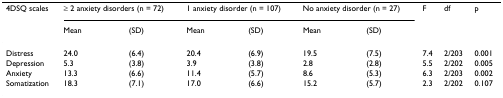
<table><thead><tr><td><b>4DSQ scales</b></td><td colspan="2"><b>≥ 2 anxiety disorders (n = 72)</b></td><td colspan="2"><b>1 anxiety disorder (n = 107)</b></td><td colspan="2"><b>No anxiety disorder (n = 27)</b></td><td><b>F</b></td><td><b>df</b></td><td><b>p</b></td></tr><tr><td></td><td><b>Mean</b></td><td><b>(SD)</b></td><td><b>Mean</b></td><td><b>(SD)</b></td><td><b>Mean</b></td><td><b>(SD)</b></td><td></td><td></td><td></td></tr></thead><tbody><tr><td>Distress</td><td>24.0</td><td>(6.4)</td><td>20.4</td><td>(6.9)</td><td>19.5</td><td>(7.5)</td><td>7.4</td><td>2/203</td><td>0.001</td></tr><tr><td>Depression</td><td>5.3</td><td>(3.8)</td><td>3.9</td><td>(3.8)</td><td>2.8</td><td>(2.8)</td><td>5.5</td><td>2/202</td><td>0.005</td></tr><tr><td>Anxiety</td><td>13.3</td><td>(6.6)</td><td>11.4</td><td>(5.7)</td><td>8.6</td><td>(5.3)</td><td>6.3</td><td>2/203</td><td>0.002</td></tr><tr><td>Somatization</td><td>18.3</td><td>(7.1)</td><td>17.0</td><td>(6.6)</td><td>15.2</td><td>(5.7)</td><td>2.3</td><td>2/202</td><td>0.107</td></tr></tbody></table>